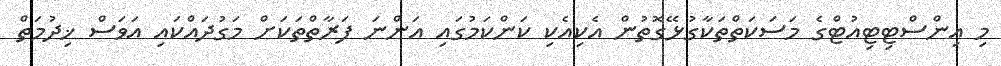
މި އިންސްޓިޓިއުޓްގެ މަސަކަތްތަކާގުޅޭގޮތުން އެކިއެކި ކަންކަމުގައި އަންނަ ފަރާތްތަކަށް މަގުދައްކައި އަވަސް ޚިދުމަތް